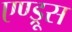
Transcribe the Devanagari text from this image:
एण्ड्रूस